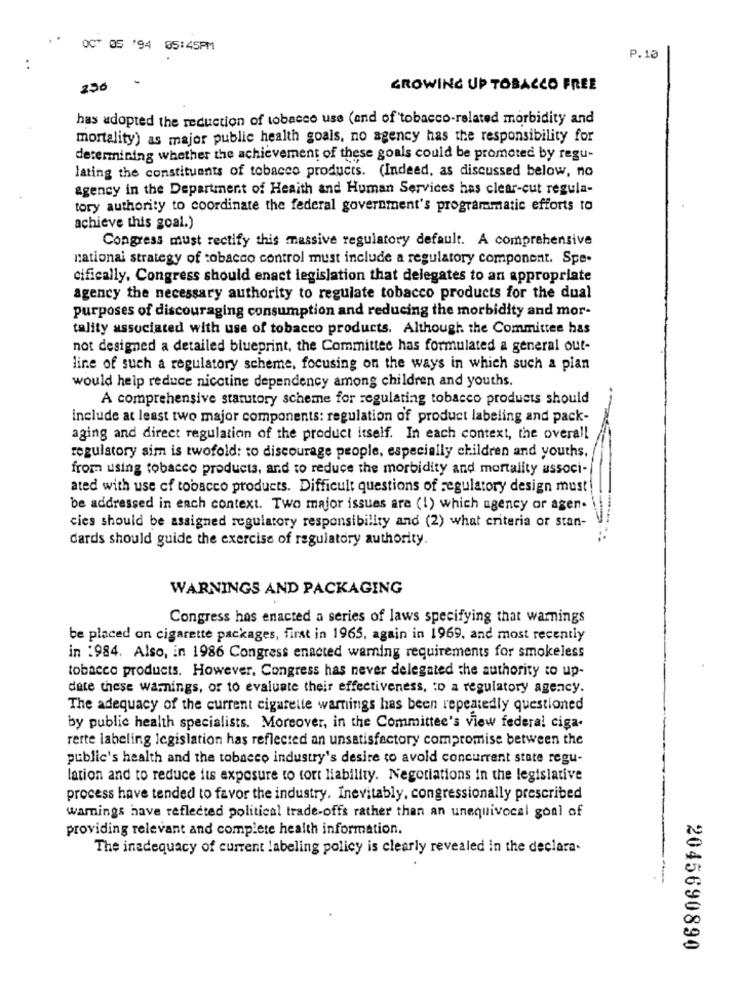
. .
OCT 05 '94 05:45PM
P.10
..
230
GROWING UP TOBACCO FREE
has adopted the reduction of tobacco use (and of tobacco-related morbidity and
mortality) as major public health goals, no agency has the responsibility for
determining whether the achievement of these goals could be promoted by regu-
lating the constituents of tobacco products. (Indeed, as discussed below, no
agency in the Department of Health and Human Services has clear-cut regula-
tory authority to coordinate the federal government's programmatic efforts to
achieve this goal.)
Congress must rectify this massive regulatory default. A comprehensive
national strategy of tobacco control must include a regulatory component. Spe-
cifically. Congress should enact legislation that delegates to an appropriate
agency the necessary authority to regulate tobacco products for the dual
purposes of discouraging consumption and reducing the morbidity and mor-
tality associated with use of tobacco products. Although the Committee has
not designed a detailed blueprint, the Committee has formulated a general out-
line of such a regulatory scheme, focusing on the ways in which such a pian
would help reduce nicotine dependency among children and youths.
A comprehensive statutory scheme for regulating tobacco products should
include at least two major components: regulation of product labeling and pack-
aging and direct regulation of the product itself. In each context, the overall
regulatory sim is twofold: to discourage people, especially children and youths.
from using tobacco products, and to reduce the morbidity and mortality associ-
ated with use of tobacco products. Difficult questions of regulatory design must!
be addressed in each context. Two major issues are (1) which agency or agen-
cies should be assigned regulatory responsibility and (2) what criteria or stan-
dards should guide the exercise of regulatory authority.
WARNINGS AND PACKAGING
Congress has enacted a series of laws specifying that warnings
be placed on cigarette packages, first in 1965, again in 1969, and most recently
in :984. Also, in 1986 Congress enacted warning requirements for smokeless
tobacco products. However, Congress has never delegated the authority to up-
date these warnings, or to evaluate their effectiveness, to a regulatory agency.
The adequacy of the current cigarette warnings has been repeatedly questioned
by public health specialists. Moreover, in the Committee's view federal ciga-
rerte labeling legislation has reflected an unsatisfactory compromise between the
public's health and the tobacco industry's desire to avoid concurrent state regu-
lation and to reduce its exposure to tort liability. Negotiations in the legislative
process have tended to favor the industry. Inevitably, congressionally prescribed
warnings have reflected political trade-offs rather than an unequivocal goal of
providing relevant and complete health information.
The inadequacy of current labeling policy is clearly revealed in the declara-
2045690890